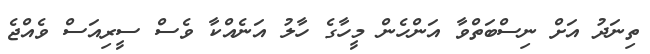
ތިނަދު އަށް ނިސްބަތްވާ އަންހެން މީހާގެ ހާލު އަނެއްކާ ވެސް ސީރިއަސް ވެއްޖެ